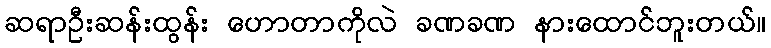
ဆရာဦးဆန်းထွန်း ဟောတာကိုလဲ ခဏခဏ နားထောင်ဘူးတယ်။